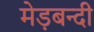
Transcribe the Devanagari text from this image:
मेड़बन्दी